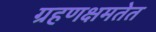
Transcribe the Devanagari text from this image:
ग्रहणक्षमतेत